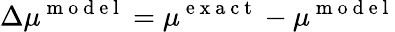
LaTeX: \Delta\mu^{\mathrm{~m~o~d~e~l~}}=\mu^{\mathrm{~e~x~a~c~t~}}-\mu^{\mathrm{~m~o~d~e~l~}}